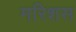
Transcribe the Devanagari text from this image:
मरिशस